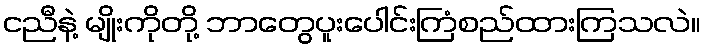
ငညီနဲ့ မျိုးကိုတို့ ဘာတွေပူးပေါင်းကြံစည်ထားကြသလဲ။